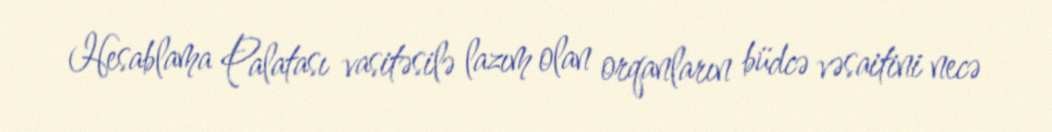
Hesablama Palatası vasitəsilə lazım olan orqanların büdcə vəsaitini necə